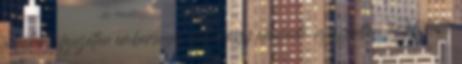
a fickó kifejezetten emberséges volt, hogy elengedte. nyugodtan térdeltethette